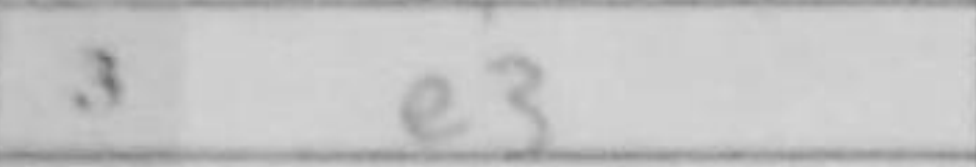
Transcription: e3